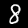
Label: 8